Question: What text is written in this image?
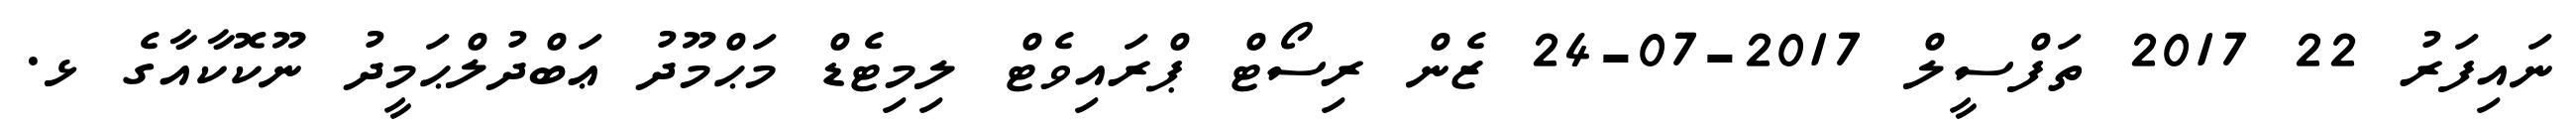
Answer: ނައިފަރު 22 2017 ތަފްސީލް 2017-07-24 ޒެން ރިސޯޓް ޕްރައިވެޓް ލިމިޓެޑް މަޙްމޫދު ޢަބްދުލްޙަމީދު ނޫކޮކާއާގެ ޅ.